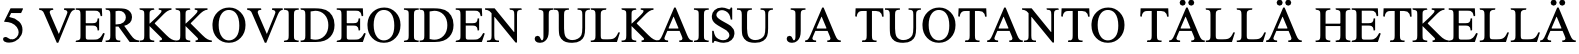
5 VERKKOVIDEOIDEN JULKAISU JA TUOTANTO TÄLLÄ HETKELLÄ